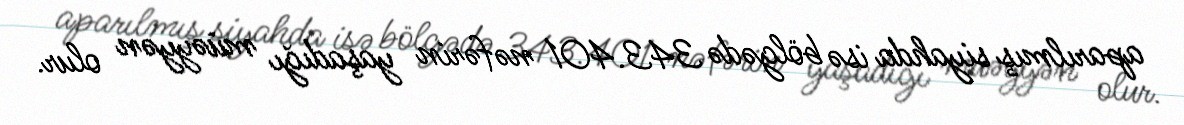
aparılmış siyahda isə bölgədə 343.401 nəfərin yaşadığı müəyyən olur.